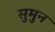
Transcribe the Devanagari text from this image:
सुमुन